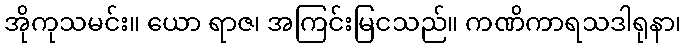
အိုကုသမင်း။ ယော ရာဇ၊ အကြင်းမြငသည်။ ကဏိကာရသဒါရုနာ၊